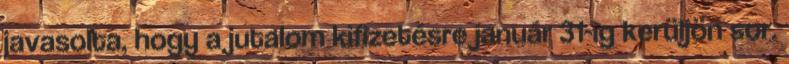
javasolta, hogy a jutalom kifizetésre január 31-ig kerüljön sor.